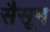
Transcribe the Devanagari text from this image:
सैसून